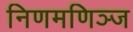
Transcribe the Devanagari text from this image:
निणमणिञ्ज